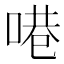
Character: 𪡝